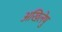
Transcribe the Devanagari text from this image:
अखिलेषु